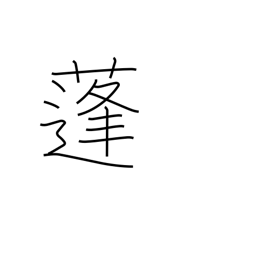
Meaning: mugwort